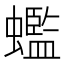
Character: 𧓦